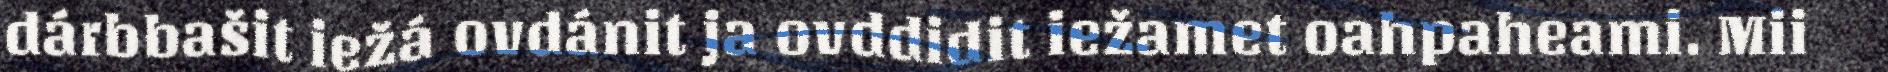
dárbbašit iežá ovdánit ja ovddidit iežamet oahpaheami. Mii